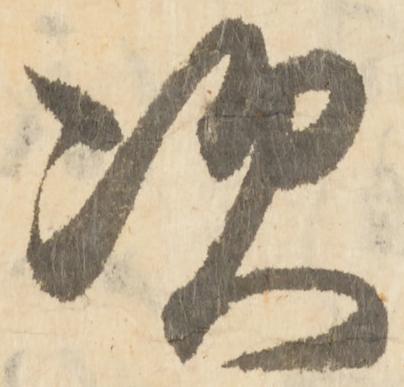
次